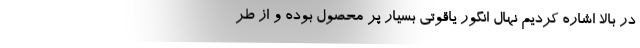
در بالا اشاره کردیم نهال انگور یاقوتی بسیار پر محصول بوده و از طر